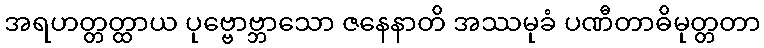
အရဟတ္တတ္ထာယ ပုဗ္ဗောဗ္ဘာသော ဇနေနာတိ အဿမုခံ ပဏီတာဓိမုတ္တတာ